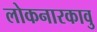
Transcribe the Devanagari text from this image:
लोकनारकावु